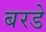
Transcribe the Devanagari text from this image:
बरडे